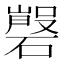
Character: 𱴲